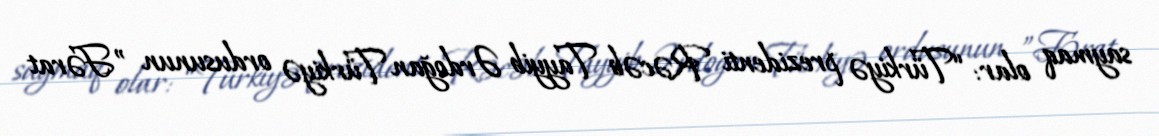
saymaq olar: “Türkiyə prezidenti Rəcəb Tayyib Ərdoğan Türkiyə ordusunun ”Fərat